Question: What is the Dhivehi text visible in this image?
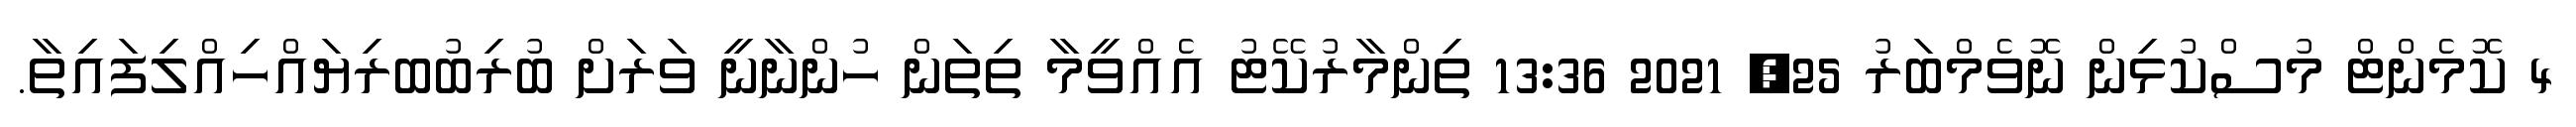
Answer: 4 ކޮމެންޓް މުސްކުޅިން ނޮވެމްބަރު 25, 2021 13:36 ތިންމާރުކޭޓު އެއްވީމާ ތިތަން ހުންނާނީ ވަރަށް ބުރިބުބރިޔައްހިއްލިފައިތާ.